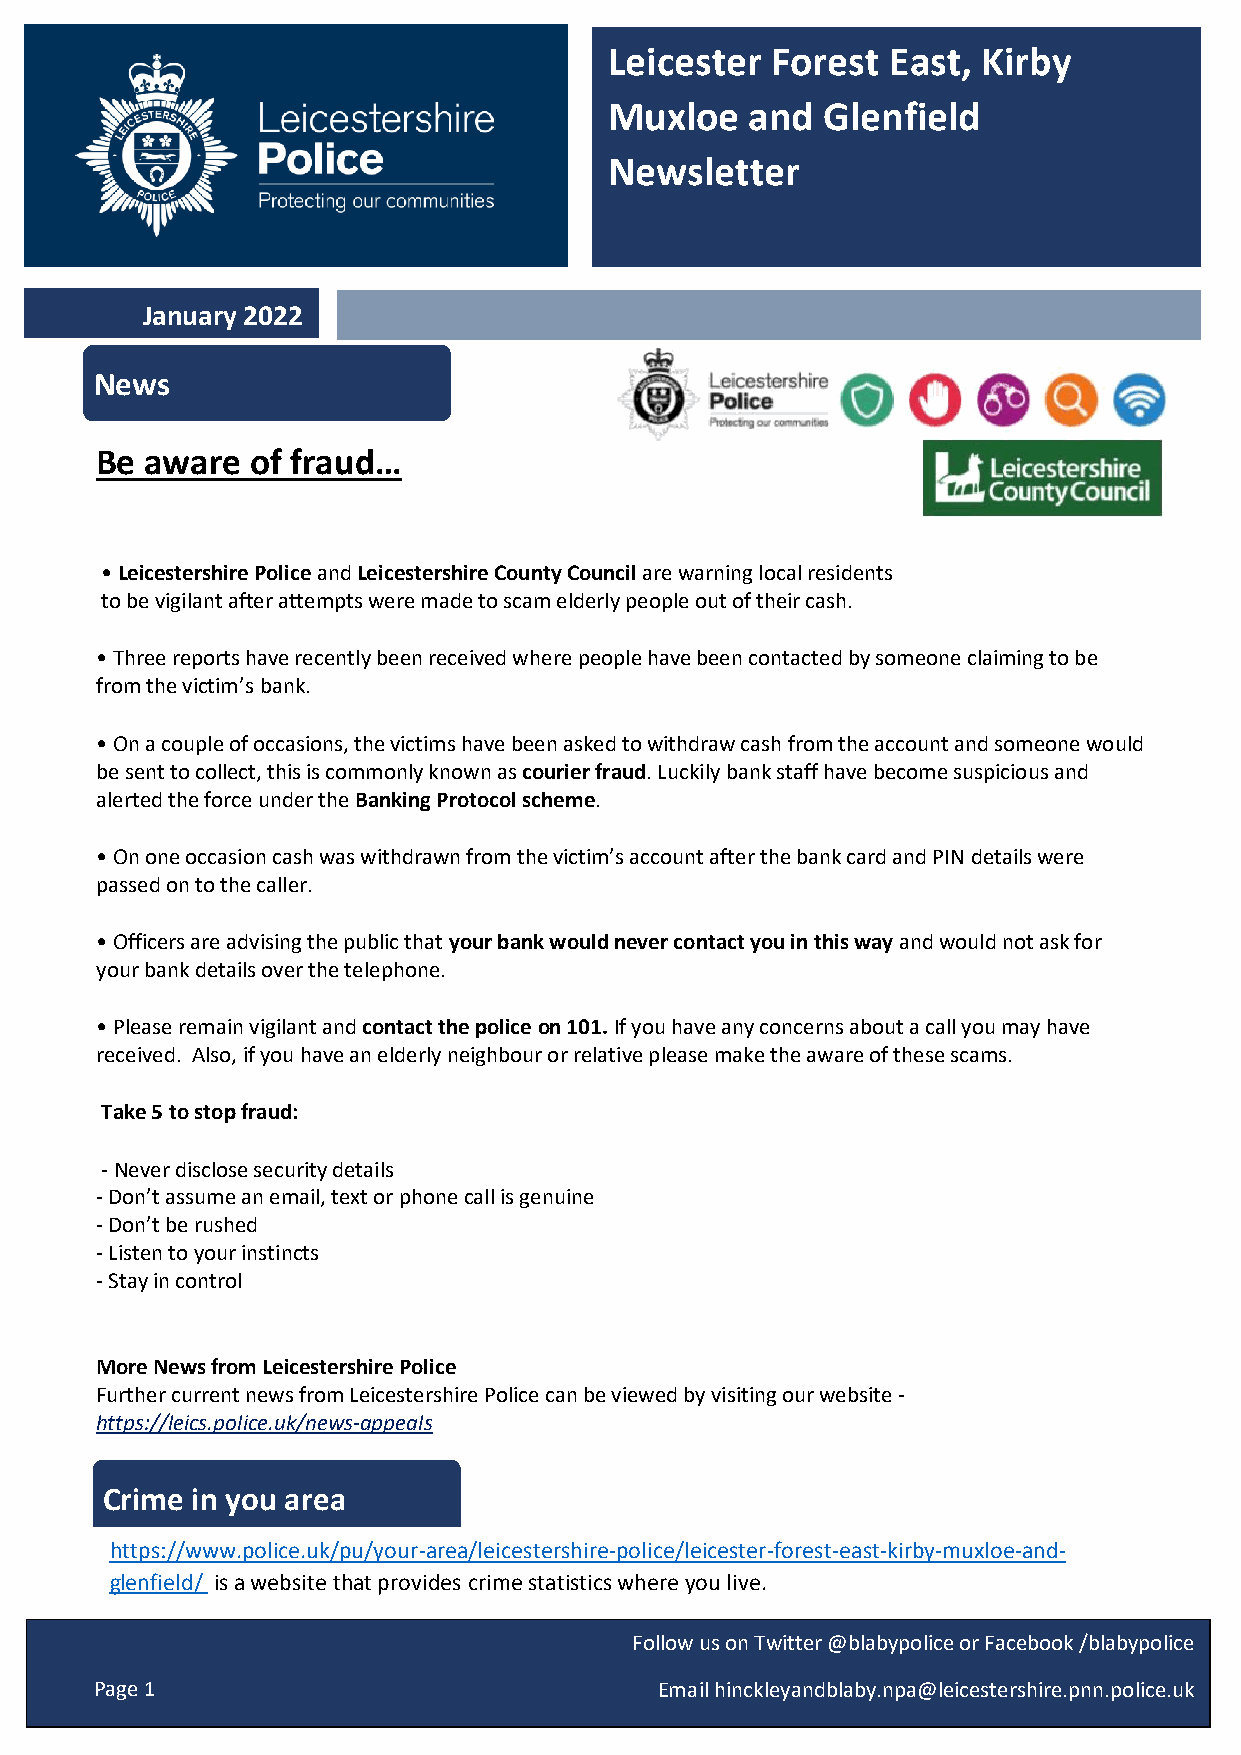
Leicester  Forest  East, Kirby
 Muxloe    and  Glenfield
 Newsletter
 January 2022
 News
 Be  aware  of fraud…
 • Leicestershire Police and Leicestershire County Council are warning local residents
 to be vigilant after attempts were made to scam elderly people out of their cash.
 • Three reports have recently been received where people have been contacted by someone claiming to be
 from the victim’s bank.
 • On a couple of occasions, the victims have been asked to withdraw cash from the account and someone would
 be sent to collect, this is commonly known as courier fraud. Luckily bank staff have become suspicious and
 alerted the force under the Banking Protocol scheme.
 • On one occasion cash was withdrawn from the victim’s account after the bank card and PIN details were
 passed on to the caller.
 • Officers are advising the public that your bank would never contact you in this way and would not ask for
 your bank details over the telephone.
 • Please remain vigilant and contact the police on 101. If you have any concerns about a call you may have
 received. Also, if you have an elderly neighbour or relative please make the aware of these scams.
 Take 5 to stop fraud:
 - Never disclose security details
 - Don’t assume an email, text or phone call is genuine
 - Don’t be rushed
 - Listen to your instincts
 - Stay in control
 More News from Leicestershire Police
 Further current news from Leicestershire Police can be viewed by visiting our website -
 https://leics.police.uk/news-appeals
 Crime in you area
 https://www.police.uk/pu/your-area/leicestershire-police/leicester-forest-east-kirby-muxloe-and-
 glenfield/ is a website that provides crime statistics where you live.
 Follow us on Twitter @blabypolice or Facebook /blabypolice
 Page 1                                Email hinckleyandblaby.npa@leicestershire.pnn.police.uk